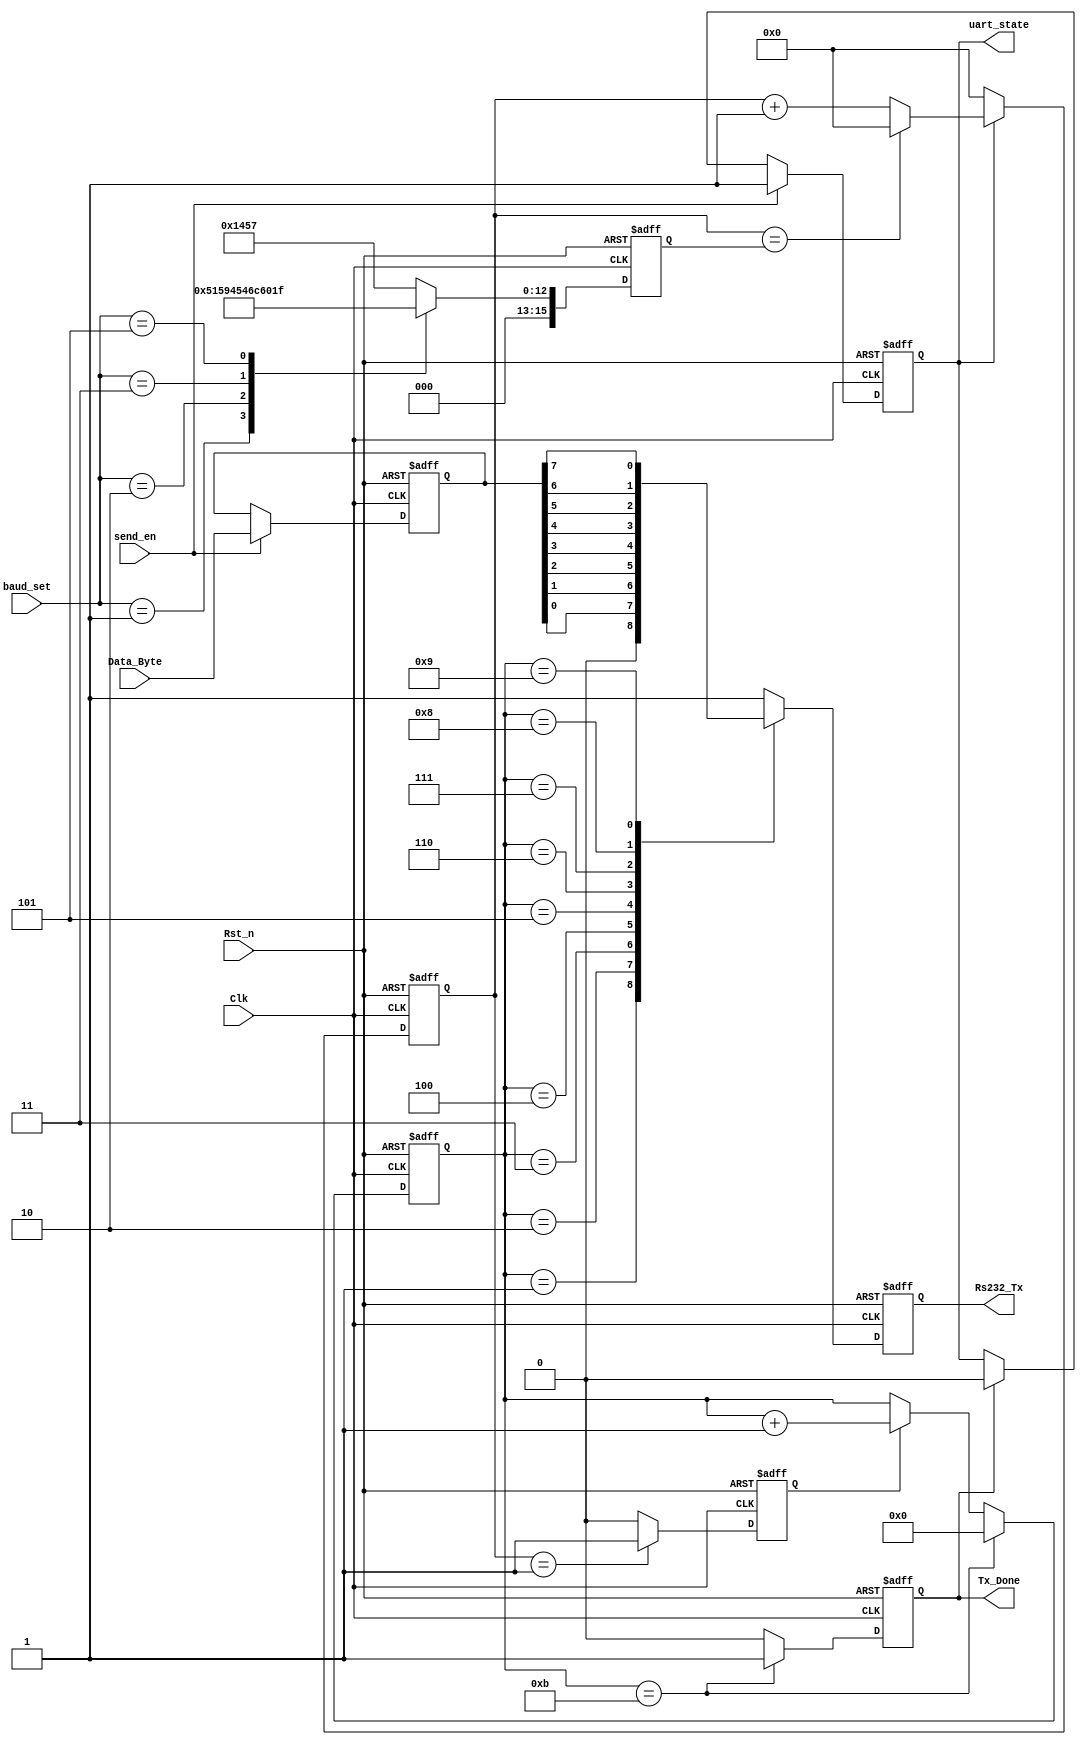
/***************************************************
*    Module Name        :    uart_byte_tx
*    Engineer           :    
*    Target Device    :    EP4CE10F17C8
*    Tool versions    :    Quartus II 13.0
*    Revision           :    v1.0
*    Description        :  
**************************************************/
module uart_byte_tx(
    Clk,
    Rst_n,
    send_en,
    baud_set,
    Data_Byte,

    Rs232_Tx,
    Tx_Done,
    uart_state
);

    input                               Clk                        ;
    input                               Rst_n                      ;
    input                               send_en                    ;
    input              [   2:0]         baud_set                   ;
    input              [   7:0]         Data_Byte                  ;

    output reg                          Rs232_Tx                   ;
    output reg                          Tx_Done                    ;
    output reg                          uart_state                 ;
	
reg                    [  15:0]         bps_DR                     ;//
reg                    [  15:0]         div_cnt                    ;//
reg                                     bps_clk                    ;//
reg                    [   3:0]         bps_cnt                    ;
reg                    [   7:0]         r_Data_Byte                ;
	
localparam                              START_BIT = 1'b0           ;
localparam                              STOP_BIT = 1'b1            ;
	
	//Data_Byt
    always@(posedge Clk or negedge Rst_n)
    if(!Rst_n)
        r_Data_Byte <= 8'd0;
    else if(send_en)
        r_Data_Byte <= Data_Byte;
    else
        r_Data_Byte <= r_Data_Byte;
		
	//
    always@(posedge Clk or negedge Rst_n)
    if(!Rst_n)
        bps_DR = 16'd5207;
    else begin
        case(baud_set)
            3'd0:bps_DR = 16'd5207;                                 //9600
            3'd1:bps_DR = 16'd2603;                                 //19200
            3'd2:bps_DR = 16'd1301;                                 //38400
            3'd3:bps_DR = 16'd867;                                  //57600
            //3'd4:bps_DR = 16'd564;  //65mhz
			//3'd4:bps_DR = 16'd346;  //60hz115200
			//3'd4:bps_DR = 16'd459;  //80hz115200
            //3'd4:bps_DR = 16'd206;   //80hz-256000
            3'd5:bps_DR = 16'd31;                                   //1562500
            default:bps_DR = 16'd5207;
        endcase
    end
	
	//
    always@(posedge Clk or negedge Rst_n)
    if(!Rst_n)
        div_cnt <= 16'd0;
    else if(!uart_state)
        div_cnt <= 16'd0;
    else if(div_cnt == bps_DR)
        div_cnt <= 16'd0;
    else
        div_cnt <= div_cnt + 16'b1;
		
	//
    always@(posedge Clk or negedge Rst_n)
    if(!Rst_n)
        bps_clk <= 1'b0;
    else if(div_cnt == 16'b1)
        bps_clk <= 1'b1;
    else
        bps_clk <= 1'b0;
		
	//bps_cnt
    always@(posedge Clk or negedge Rst_n)
    if(!Rst_n)
        bps_cnt <= 4'd0;
    else if(bps_cnt == 4'd11)
        bps_cnt <= 4'd0;
    else if(bps_clk)
        bps_cnt <= bps_cnt + 4'd1;
    else
        bps_cnt <= bps_cnt;
		
	//Tx_Done
    always@(posedge Clk or negedge Rst_n)
    if(!Rst_n)
        Tx_Done <= 1'b0;
    else if(bps_cnt == 4'd11)
        Tx_Done <= 1'b1;
    else
        Tx_Done <= 1'b0;
		
	//Rs232_Tx
    always@(posedge Clk or negedge Rst_n)
    if(!Rst_n)
        Rs232_Tx <= 1'b1;
    else begin
        case(bps_cnt)
            4'd0:Rs232_Tx <= 1'b1;
            4'd1:Rs232_Tx <= START_BIT;
            4'd2:Rs232_Tx <= r_Data_Byte[0];
            4'd3:Rs232_Tx <= r_Data_Byte[1];
            4'd4:Rs232_Tx <= r_Data_Byte[2];
            4'd5:Rs232_Tx <= r_Data_Byte[3];
            4'd6:Rs232_Tx <= r_Data_Byte[4];
            4'd7:Rs232_Tx <= r_Data_Byte[5];
            4'd8:Rs232_Tx <= r_Data_Byte[6];
            4'd9:Rs232_Tx <= r_Data_Byte[7];
            4'd10:Rs232_Tx <= STOP_BIT;
            default:Rs232_Tx <= 1'b1;
        endcase
    end
	
	//uart_state
    always@(posedge Clk or negedge Rst_n)
    if(!Rst_n)
        uart_state <= 1'b0;
    else if(send_en)
        uart_state <= 1'b1;
    else if(Tx_Done)
        uart_state <= 1'b0;
    else
        uart_state <= uart_state;

endmodule